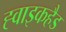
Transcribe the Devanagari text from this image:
ह्वाइकहैड